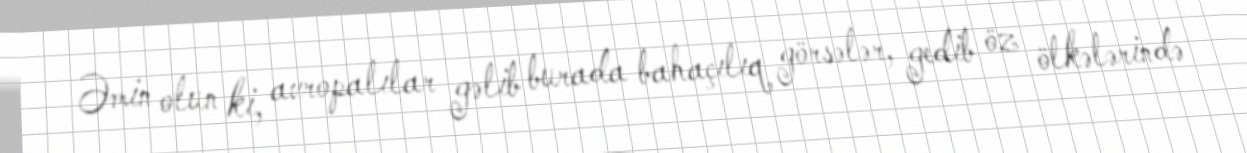
Əmin olun ki, avropalılar gəlib burada bahaçılıq görsələr, gedib öz ölkələrində